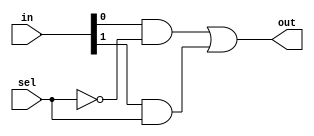
`timescale 1ns / 1ps
module Mux21 ( out , in , sel ) ;
  input [ 1 : 0 ] in ;
  input sel ;
  output out ;
  wire and_1, and_2, not_sel; //Create temp wires for future use
  not not1(not_sel, sel); //inverse sel
  and and1(and_1, in[0], not_sel); // I0 & sel'
  and and2(and_2, in[1], sel); // I1 & sel
  or or1(out, and_1, and_2); //and1+and2

endmodule